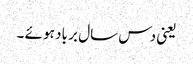
یعنی دس سال بر باد ہو ئے ۔